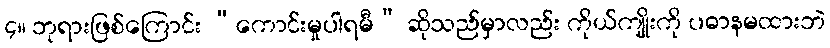
၄။ ဘုရားဖြစ်ကြောင်း “ကောင်းမှုပါရမီ” ဆိုသည်မှာလည်း ကိုယ်ကျိုးကို ပဓာနမထားဘဲ